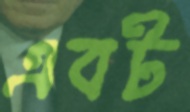
এবট